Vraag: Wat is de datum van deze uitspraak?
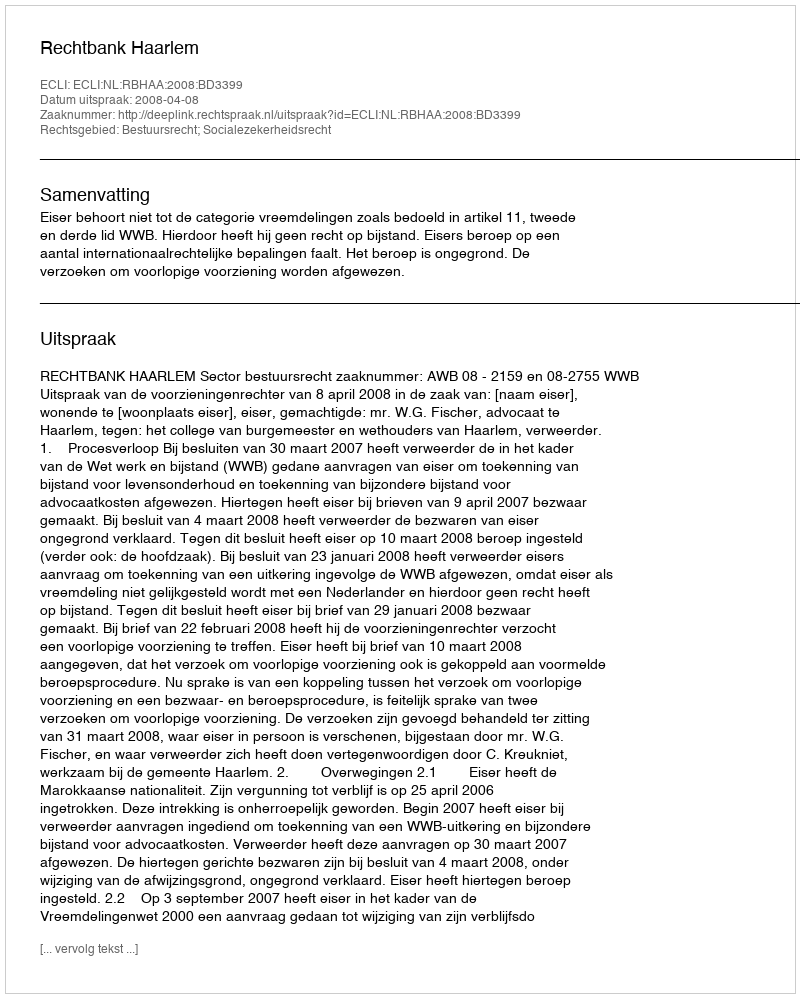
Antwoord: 2008-04-08